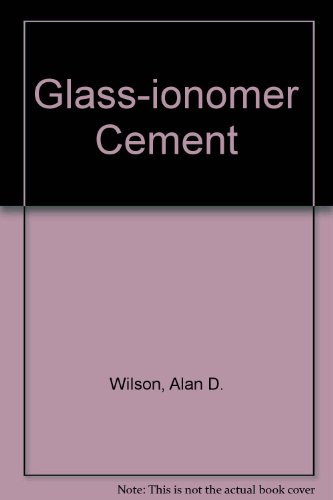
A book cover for Glass-Ionomer Cement; Alan D. Wilson; Medical Books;